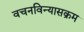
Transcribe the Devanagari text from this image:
वचनविन्यासक्रम